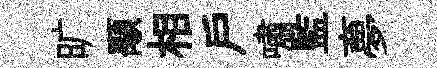
旷顒相户嘯監夣